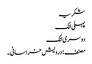
شکریہ
پہلی لنک
دوسری لنک
مصنف : درویش خراسانی۔